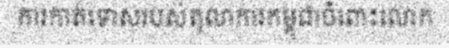
ការកាត់ទោសរបស់តុលាការកម្ពុជាចំពោះលោក